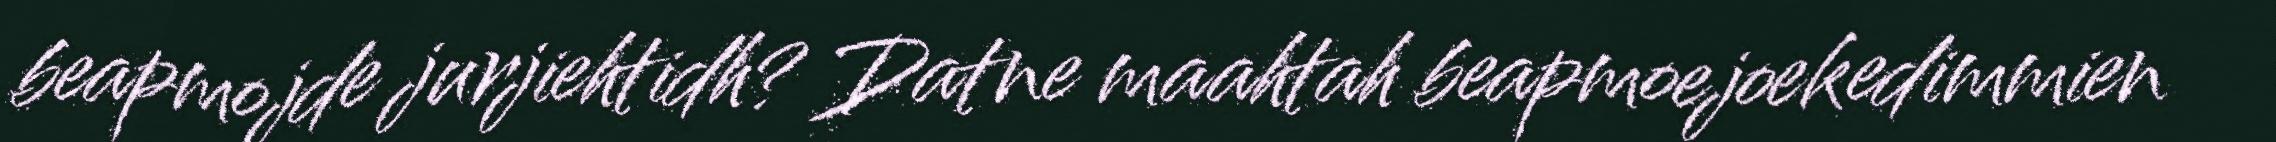
beapmojde jurjiehtidh? Datne maahtah beapmoejoekedimmien